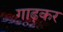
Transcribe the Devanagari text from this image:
गाढ़कर